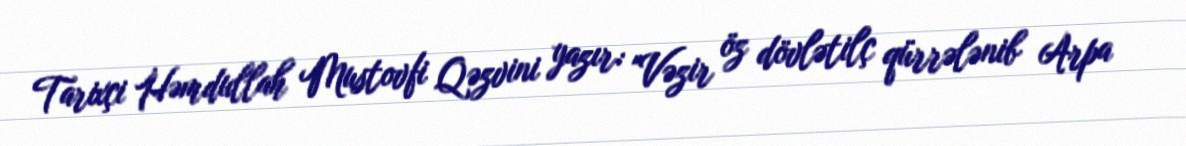
Tarixçi Həmdullah Mustovfi Qəzvini yazır: "Vəzir öz dövlətilç qürrələnib Arpa